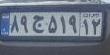
۸۹ج۵۱۹۱۲